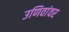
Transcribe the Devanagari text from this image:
उणिवांवर